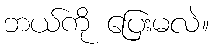
ဘယ်ကို ပြေးမလဲ။